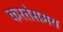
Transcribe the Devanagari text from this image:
करतेसमय